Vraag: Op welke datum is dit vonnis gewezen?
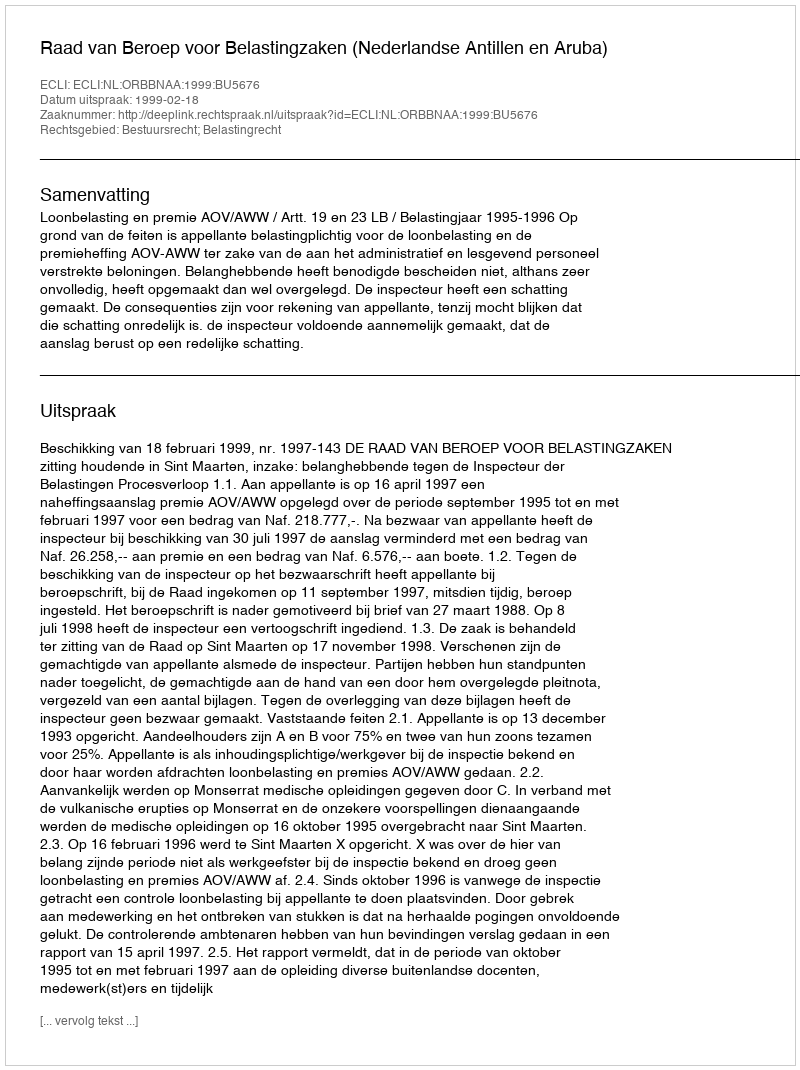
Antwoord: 1999-02-18